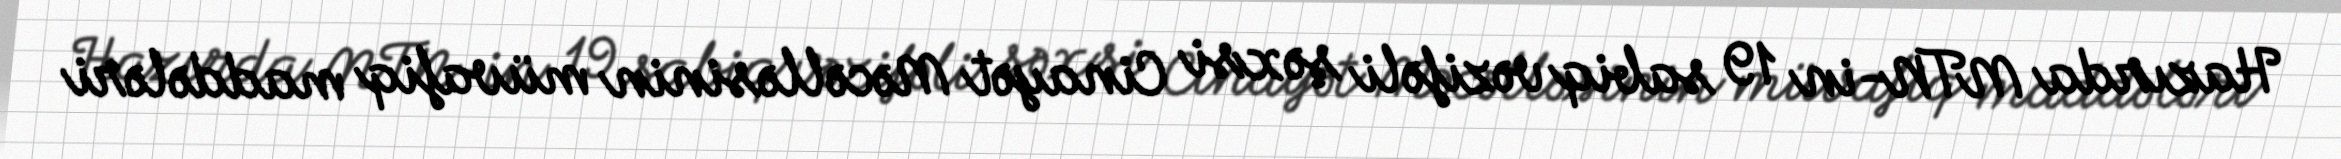
Hazırda MTN-in 19 sabiq vəzifəli şəxsi Cinayət Məcəlləsinin müvafiq maddələri